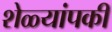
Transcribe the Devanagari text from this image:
शेळ्यांपकी